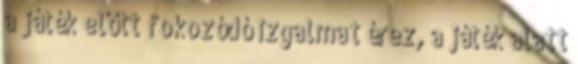
a játék előtt fokozódó izgalmat érez, a játék alatt